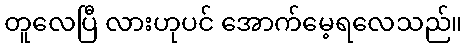
တူလေပြီ လားဟုပင် အောက်မေ့ရလေသည်။